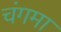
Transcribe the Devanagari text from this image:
चंगमा